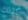
كذلك